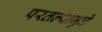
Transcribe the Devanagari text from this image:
परतल्यामुळे